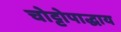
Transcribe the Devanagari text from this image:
चोट्टोपाद्धाय